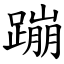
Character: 蹦